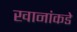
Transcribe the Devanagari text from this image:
खानांकडे